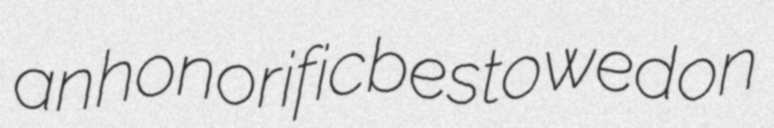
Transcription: an honorific bestowed on